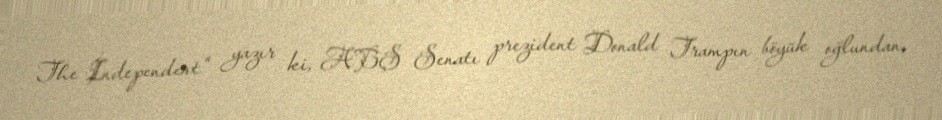
The İndependent" yazır ki, ABŞ Senatı prezident Donald Trampın böyük oğlundan,